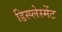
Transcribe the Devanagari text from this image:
डिस्प्लेस्मेंट